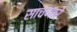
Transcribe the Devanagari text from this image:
साचणारे